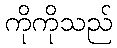
ကိုကိုသည်